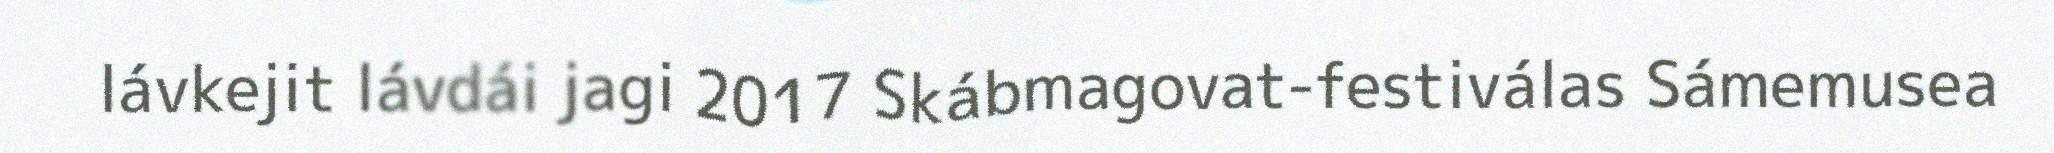
lávkejit lávdái jagi 2017 Skábmagovat-festiválas Sámemusea